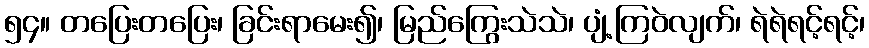
၅၄။ တပြေးတပြေး၊ ခြင်းရာမေး၍၊ မြည်ကြွေးသဲသဲ၊ ပျံ့ကြဝဲလျက်၊ ရဲရဲရင့်ရင့်၊